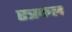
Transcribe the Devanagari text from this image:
एत्रफल